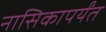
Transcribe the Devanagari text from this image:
नासिकापर्यंत